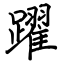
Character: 躍